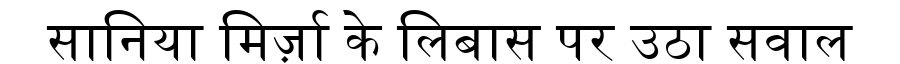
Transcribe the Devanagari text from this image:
सानिया मिर्ज़ा के लिबास पर उठा सवाल